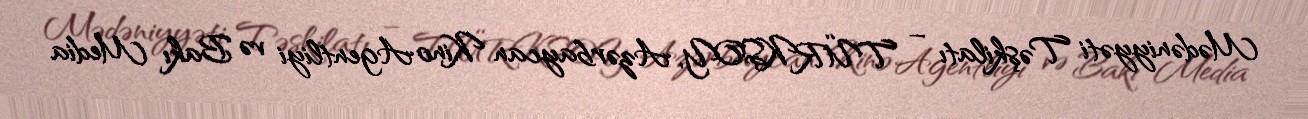
Mədəniyyəti Təşkilatı – TÜRKSOY, Azərbaycan Kino Agentliyi və Bakı Media